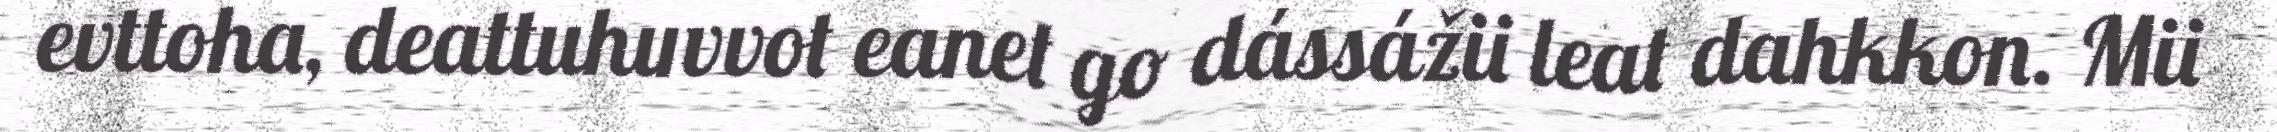
evttoha, deattuhuvvot eanet go dássážii leat dahkkon. Mii